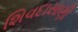
શિવદાસાણી